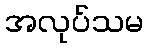
အလုပ်သမ